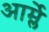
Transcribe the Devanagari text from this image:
आर्म्ले